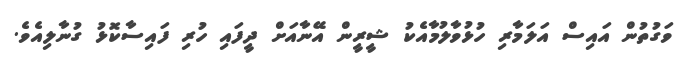
ވަގުތުން އައިސް އަލަމާރި ހުޅުވާލުމާއެކު ޝީރީން އޭނާއަށް ދީފައި ހުރި ފައިސާކޮޅު ގުނާލިއެވެ.